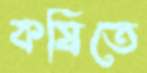
কষিতে